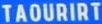
TAOURIRT